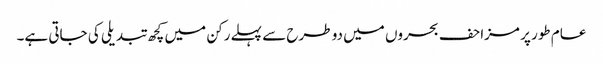
عام طور پر مزاحف بحروں میں دو طرح سے پہلے رکن میں کچھ تبدیلی کی جاتی ہے۔